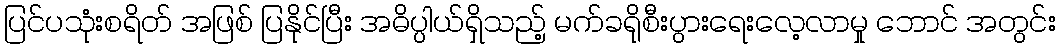
ပြင်ပသုံးစရိတ် အဖြစ် ပြနိုင်ပြီး အဓိပ္ပါယ်ရှိသည့် မက်ခရိုစီးပွားရေးလေ့လာမှု ဘောင် အတွင်း